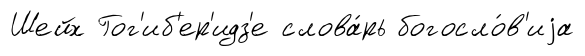
Шейх Гог'иб'ер'идз'е слова́рь богосло́в'иjа